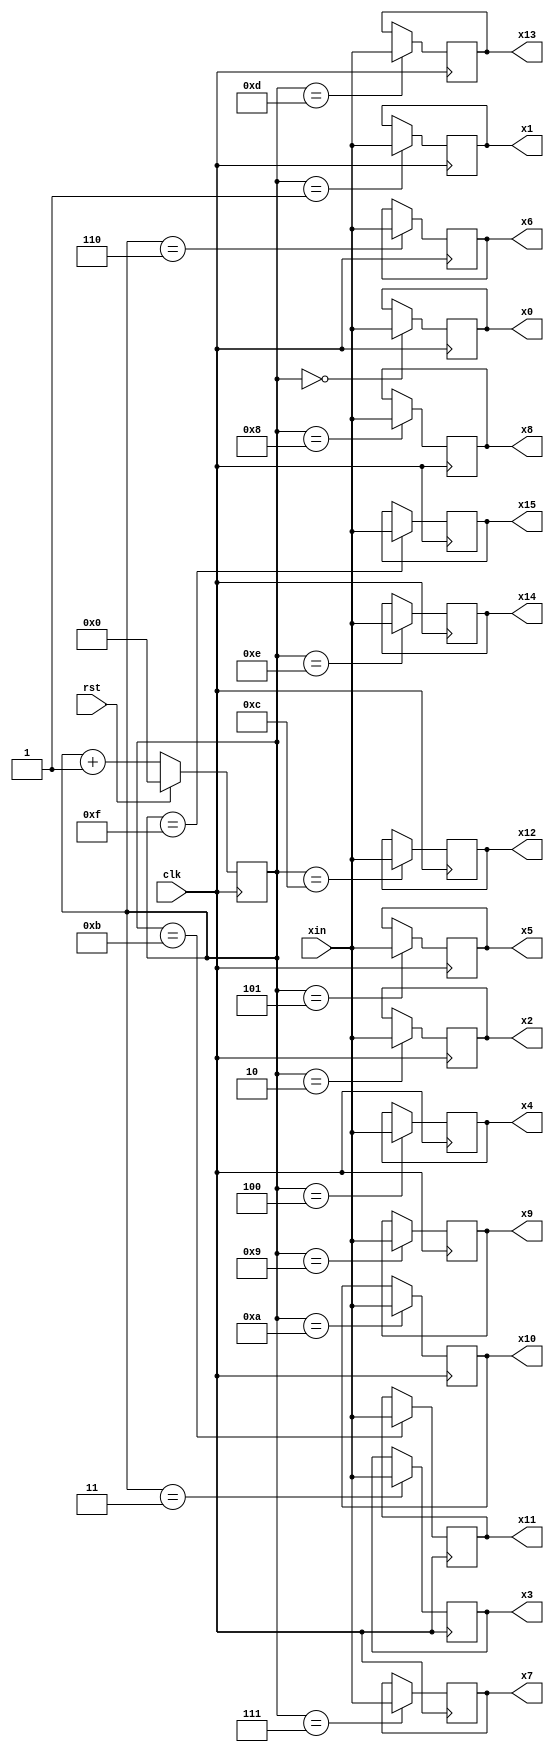
module adaptfilsixteeninput(xin,clk,rst,x0,x1,x2,x3,x4,x5,x6,x7,x8,x9,x10,x11,x12,x13,x14,x15);
input signed [7:0] xin;
input clk,rst;
output reg signed [7:0] x0,x1,x2,x3,x4,x5,x6,x7,x8,x9,x10,x11,x12,x13,x14,x15;


reg [7:0]count;
always@(posedge clk)
begin
     if(rst)
        count = 0;
     else 
        count = count+1;
end


//reg signed [7:0] x0,x1,x2,x3,x4,x5,x6,x7,x8,x9,x10,x11,x12,x13,x14,x15;

always@(posedge clk)
begin
     case(count)
    0:x0=xin;
    1:x1=xin;
    2:x2=xin;
    3:x3=xin;
    4:x4=xin;
    5:x5=xin;
    6:x6=xin;
    7:x7=xin;
    8:x8=xin;
    9:x9=xin;
    10:x10=xin;
    11:x11=xin;
    12:x12=xin;
    13:x13=xin;
    14:x14=xin;
    15:x15=xin;
     endcase
end


endmodule